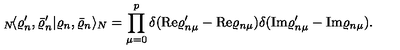
{ } _ { N } \! \langle \varrho _ { n } ^ { \prime } , \bar { \varrho } _ { n } ^ { \prime } | \varrho _ { n } , \bar { \varrho } _ { n } \rangle _ { N } = \prod _ { \mu = 0 } ^ { p } \delta ( \mathrm { R e } \varrho _ { n \mu } ^ { \prime } - \mathrm { R e } \varrho _ { n \mu } ) \delta ( \mathrm { I m } \varrho _ { n \mu } ^ { \prime } - \mathrm { I m } \varrho _ { n \mu } ) .